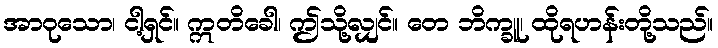
အာဝုသော၊ ငါ့ရှင်။ ဣတိခေါ၊ ဤသို့လျှင်။ တေ ဘိက္ခူ၊ ထိုရဟန်းတို့သည်။